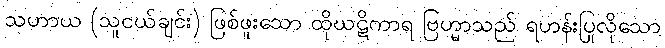
သဟာယ (သူငယ်ချင်း) ဖြစ်ဖူးသော ထိုဃဋိကာရ ဗြဟ္မာသည် ရဟန်းပြုလိုသော